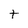
Character: t